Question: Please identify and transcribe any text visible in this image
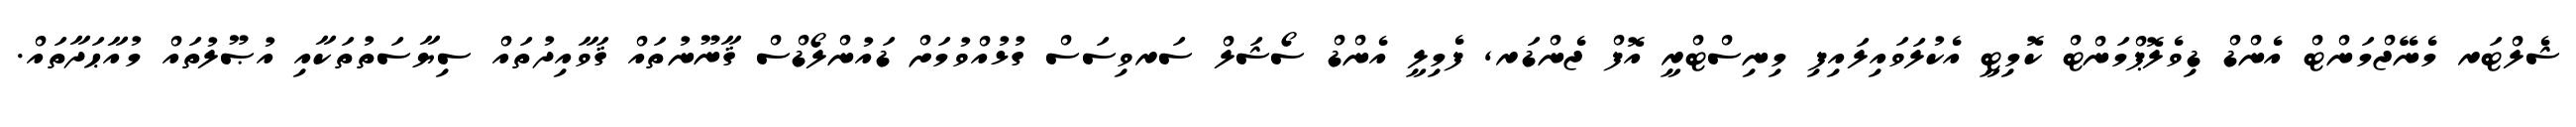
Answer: ޝެލްޓަރ މެނޭޖްމަންޓް އެންޑް ޑިވެލޮޕްމަންޓް ކޮމިޓީ އެކުލަވައިލައިފި މިނިސްޓްރީ އޮފް ޖެންޑަރ, ފެމިލީ އެންޑް ސޯޝަލް ސަރވިސަސް ގުޅުއްވުމަށް ޑައުންލޯޑްސް ޤާނޫނުތައް ޤަވާއިދުތައް ސިޔާސަތުތަކާއި އުޞޫލުތައް މުއާޙަދާތައް.